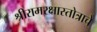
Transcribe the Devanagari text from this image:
श्रीरामरक्षास्तोत्राचे